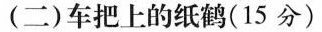
（二）车把上的纸鹤（15分）